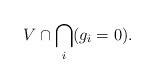
LaTeX: \begin{align*}V \cap \bigcap_i (g_i = 0).\end{align*}